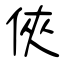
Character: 俠